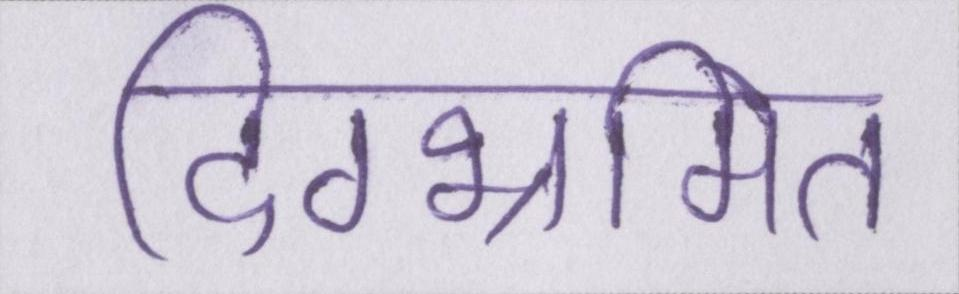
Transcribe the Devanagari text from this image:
दिग्भ्रमित